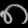
Digit: ၈